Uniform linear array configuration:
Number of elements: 8
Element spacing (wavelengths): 1
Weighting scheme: hann
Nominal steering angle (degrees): -15
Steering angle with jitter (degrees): -13.829
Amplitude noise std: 0.05
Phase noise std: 0.05

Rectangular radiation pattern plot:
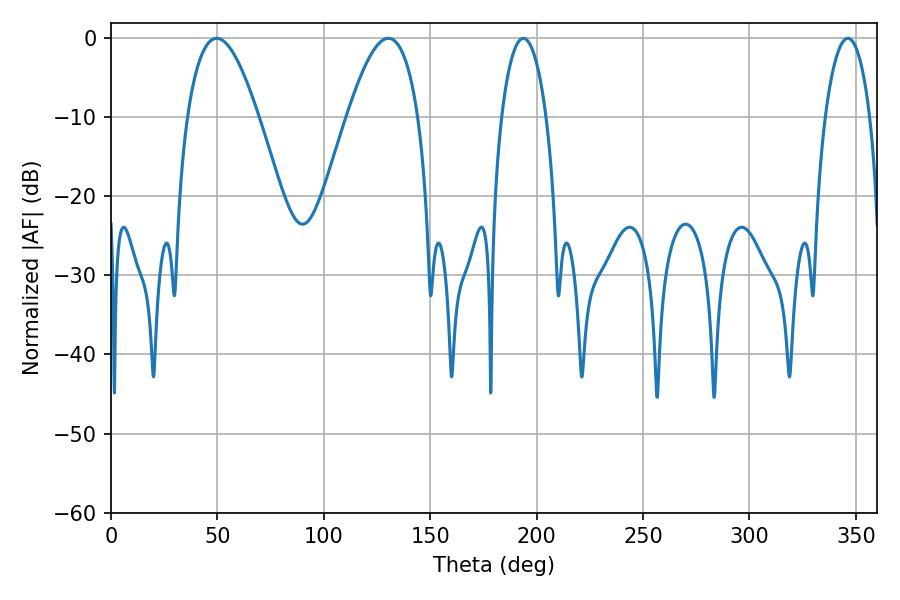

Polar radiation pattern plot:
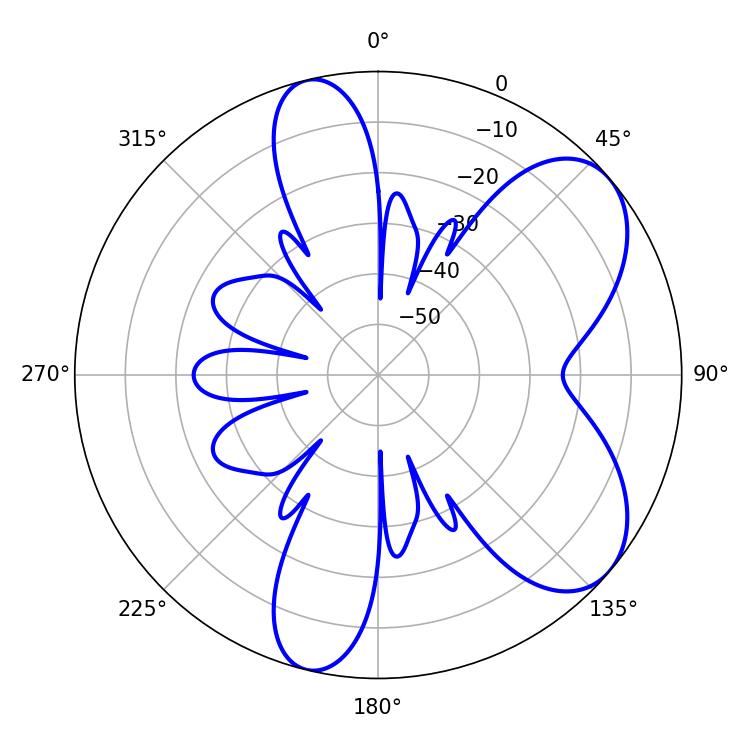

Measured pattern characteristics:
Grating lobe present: TRUE
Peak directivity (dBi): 6.704
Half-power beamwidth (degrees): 18.18
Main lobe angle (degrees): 49.68